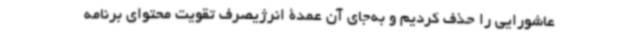
عاشورایی را حذف کردیم و به‌جای آن عمدۀ انرژیصرف تقویت محتوای برنامه